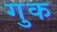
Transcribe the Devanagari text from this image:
गुक